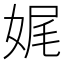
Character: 娓